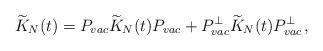
LaTeX: \begin{align*}\widetilde{K}_{N}(t)= P_{vac} \widetilde{K}_{N}(t) P_{vac} + P_{vac}^{\perp} \widetilde{K}_{N}(t) P_{vac}^{\perp}\,,\end{align*}